Indian journal of veterinary science and animal husbandry - Volumes 18-21, 1948-1951
Year: 1948
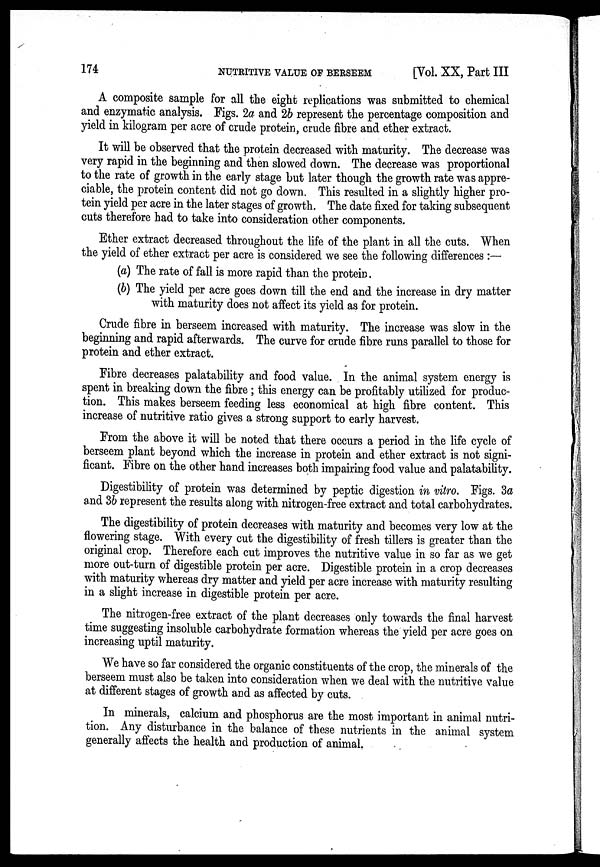
174
NUTRITIVE VALUE OF BERSEEM
[Vol. XX, Part III
A composite sample for all the eight replications was submitted to chemical
and enzymatic analysis. Figs. 2a and 2b represent the percentage composition and
yield in kilogram per acre of crude protein, crude fibre and ether extract.
It will be observed that the protein decreased with maturity. The decrease was
very rapid in the beginning and then slowed down. The decrease was proportional
to the rate of growth in the early stage but later though the growth rate was appre-
ciable, the protein content did not go down. This resulted in a slightly higher pro-
tein yield per acre in the later stages of growth. The date fixed for taking subsequent
cuts therefore had to take into consideration other components.
Ether extract decreased throughout the life of the plant in all the cuts. When
the yield of ether extract per acre is considered we see the following differences :—
(a) The rate of fall is more rapid than the protein.
(b) The yield per acre goes down till the end and the increase in dry matter
with maturity does not affect its yield as for protein.
Crude fibre in berseem increased with maturity. The increase was slow in the
beginning and rapid afterwards. The curve for crude fibre runs parallel to those for
protein and ether extract.
Fibre decreases palatability and food value. In the animal system energy is
spent in breaking down the fibre ; this energy can be profitably utilized for produc-
tion. This makes berseem feeding less economical at high fibre content. This
increase of nutritive ratio gives a strong support to early harvest.
From the above it will be noted that there occurs a period in the life cycle of
berseem plant beyond which the increase in protein and ether extract is not signi-
ficant. Fibre on the other hand increases both impairing food value and palatability.
Digestibility of protein was determined by peptic digestion in vitro. Figs. 3a
and 3b represent the results along with nitrogen-free extract and total carbohydrates.
The digestibility of protein decreases with maturity and becomes very low at the
flowering stage. With every cut the digestibility of fresh tillers is greater than the
original crop. Therefore each cut improves the nutritive value in so far as we get
more out-turn of digestible protein per acre. Digestible protein in a crop decreases
with maturity whereas dry matter and yield per acre increase with maturity resulting
in a slight increase in digestible protein per acre.
The nitrogen-free extract of the plant decreases only towards the final harvest
time suggesting insoluble carbohydrate formation whereas the yield per acre goes on
increasing uptil maturity.
We have so far considered the organic constituents of the crop, the minerals of the
berseem must also be taken into consideration when we deal with the nutritive value
at different stages of growth and as affected by cuts.
In minerals, calcium and phosphorus are the most important in animal nutri-
tion. Any disturbance in the balance of these nutrients in the animal system
generally affects the health and production of animal.